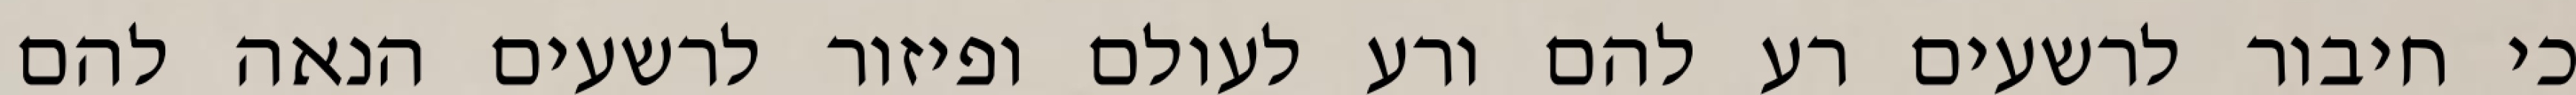
כי חיבור לרשעים רע להם ורע לעולם ופיזור לרשעים הנאה להם